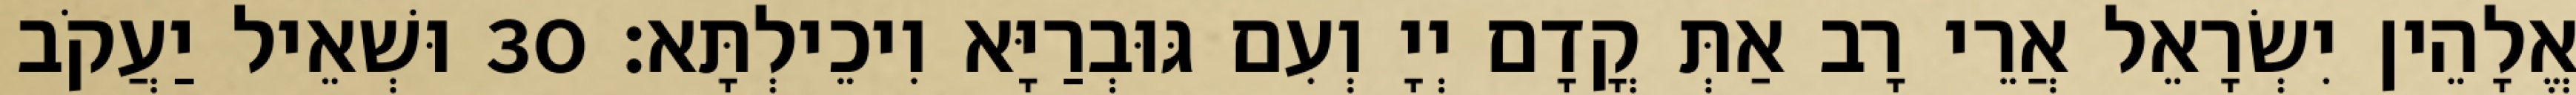
אֱלָהֵין יִשְׂרָאֵל אֲרֵי רָב אַתְּ קֳדָם יְיָ וְעִם גּוּבְרַיָּא וִיכֵילְתָּא׃ 30 וּשְׁאֵיל יַעֲקֹב